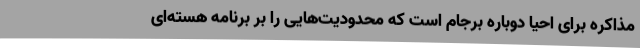
مذاکره برای احیا دوباره برجام است که محدودیت‌هایی را بر برنامه هسته‌ای